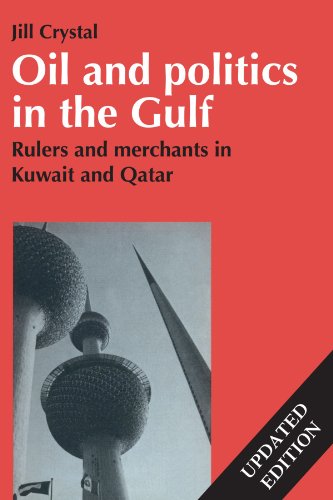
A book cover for Oil and Politics in the Gulf: Rulers and Merchants in Kuwait and Qatar (Cambridge Middle East Library); Jill Crystal; History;